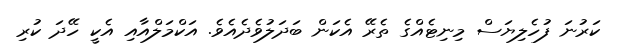
ކަރުނަ ފުހެލިޔަސް މިނިޓެއްގެ ތެރޭ އެކަން ބަދަލުވެދެއެވެ. އަކްމަލްއާއި އެކީ ހޭދަ ކުރި